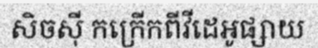
សិចស៊ី កក្រើកពីវីដេអូផ្សាយ